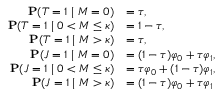
\begin{array} { r l } { \mathbf { P } ( T = 1 \mid M = 0 ) } & { = \tau , } \\ { \mathbf { P } ( T = 1 \mid 0 < M \le \kappa ) } & { = 1 - \tau , } \\ { \mathbf { P } ( T = 1 \mid M > \kappa ) } & { = \tau , } \\ { \mathbf { P } ( J = 1 \mid M = 0 ) } & { = ( 1 - \tau ) \varphi _ { 0 } + \tau \varphi _ { 1 } , } \\ { \mathbf { P } ( J = 1 \mid 0 < M \le \kappa ) } & { = \tau \varphi _ { 0 } + ( 1 - \tau ) \varphi _ { 1 } , } \\ { \mathbf { P } ( J = 1 \mid M > \kappa ) } & { = ( 1 - \tau ) \varphi _ { 0 } + \tau \varphi _ { 1 } } \end{array}